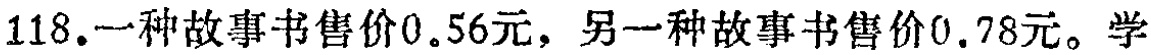
118.一种故事书售价0.56元，另一种故事书售价0.78元。学